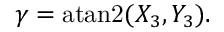
\gamma = \operatorname { a t a n 2 } ( X _ { 3 } , Y _ { 3 } ) .